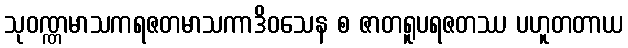
သုဝဏ္ဏမာသကရဇတမာသကာဒိဝသေန စ ဇာတရူပရဇတဿ ပဟူတတာယ